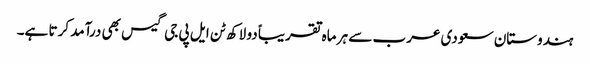
ہندوستان سعودی عرب سے ہر ماہ تقریباً دو لاکھ ٹن ایل پی جی گیس بھی درآمد کرتا ہے۔